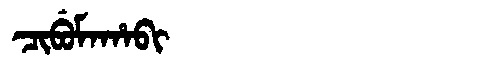
Manchu: ᠴᡳᠪᡠᠮᠠᡥᠠᠪᡳ
Romanization: CIBUMAHABI